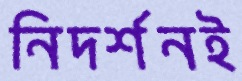
নিদর্শনই